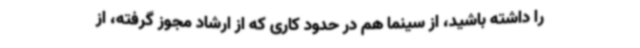
را داشته باشید، از سینما هم در حدود کاری که از ارشاد مجوز گرفته، از